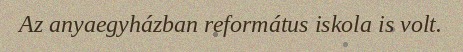
Az anyaegyházban református iskola is volt.